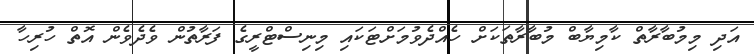
އަދި މިމުބާރާތް ކާމިޔާބް މުބާރާތަކަށް ހެއްދެވުމަށްޓަކައި މިނިސްޓްރީގެ ފަރާތުން ވެދެވެން އޮތް ހުރިހާ